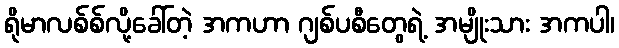
ရိုမာလစ်စ်လို့ခေါ်တဲ့ အကဟာ ဂျစ်ပစီတွေရဲ့ အမျိုးသား အကပါ၊